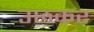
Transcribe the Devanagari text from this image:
उछकर